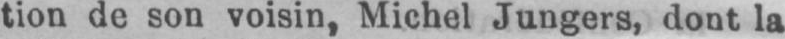
tion de son voisin, Michel Jungers, dont la